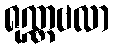
ရုဏ္ဏဗလာ